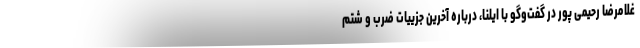
غلامرضا رحیمی پور در گفت‌وگو با ایلنا، درباره آخرین جزییات ضرب و شتم